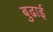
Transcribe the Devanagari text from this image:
बुढाई